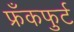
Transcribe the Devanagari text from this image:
फ्रँकफुर्ट